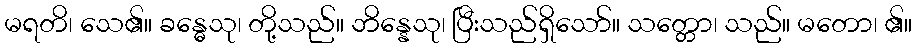
မရတိ၊ သေ၏။ ခန္ဓေသု၊ တို့သည်။ ဘိန္နေသု၊ ပြီးသည်ရှိသော်။ သတ္တော၊ သည်။ မတော၊ ၏။